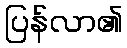
ပြန်လာ၏